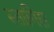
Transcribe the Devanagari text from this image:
स्तागिरा